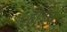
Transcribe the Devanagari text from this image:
होईस